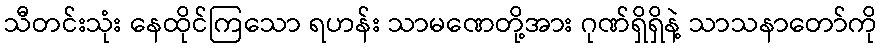
သီတင်းသုံး နေထိုင်ကြသော ရဟန်း သာမဏေတို့အား ဂုဏ်ရှိရှိနဲ့ သာသနာတော်ကို